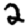
Digit: 2